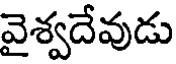
వైశ్వదేవుడు